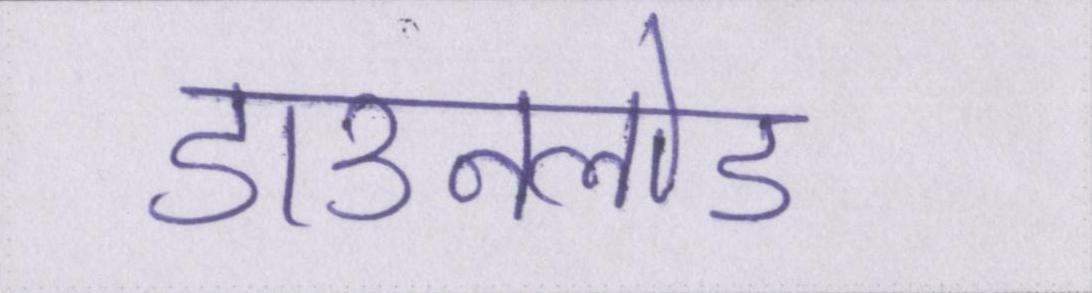
डाउनलोड